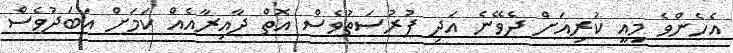
އެހެންވެ މިއީ ކުރިއަށް ދެވޭނެ އަދި ފުރުސަތުވެސް އޮތް ދާއިރާއެއް ކަމަށް އަބަދުވެސް